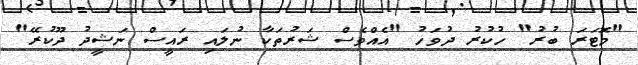
"މޮޓަރަ ބުރު" ހުކުރު ދުވަހު "އެއްވެސް ޝަރުތަކާ ނުލައި ރައީސް ނަޝީދު ދޫކުރޭ"